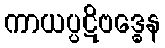
ကာယပ္ပဋိဗဒ္ဓေန